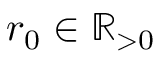
r _ { 0 } \in \mathbb { R } _ { > 0 }